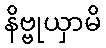
နိဗ္ဗုယှာမိ